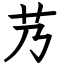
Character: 艿